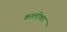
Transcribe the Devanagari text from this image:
कालीका